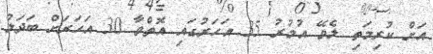
އަށް ކުރިމަތި ލެވޭ އުމުރު 35 އަހަރުގައި އޮތްވާ 30 އަހަރަށް ބަދަލު